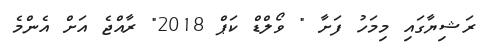
ރަޝިޔާގައި މިމަހު ފަށާ " ވޯލްޑް ކަޕް 2018" ރާއްޖެ އަށް އެންމެ